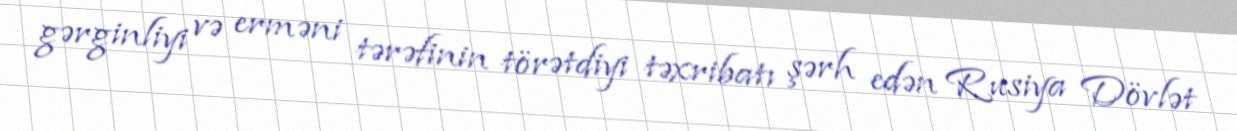
gərginliyi və erməni tərəfinin törətdiyi təxribatı şərh edən Rusiya Dövlət